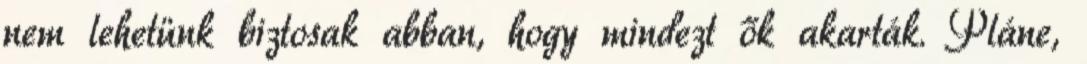
nem lehetünk biztosak abban, hogy mindezt ők akarták. Pláne,